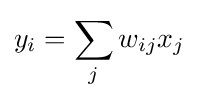
y_{i}=\sum _{j}w_{ij}x_{j}